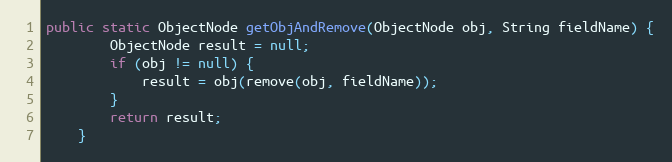
Language: Java
public static ObjectNode getObjAndRemove(ObjectNode obj, String fieldName) {
		ObjectNode result = null;
		if (obj != null) {
			result = obj(remove(obj, fieldName));
		}
		return result;
	}